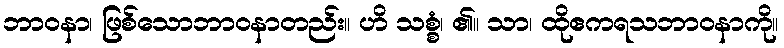
ဘာဝနာ၊ ဖြစ်သောဘာဝနာတည်း။ ဟိ သစ္စံ၊ ၏။ သာ၊ ထိုဧကရသဘာဝနာကို။